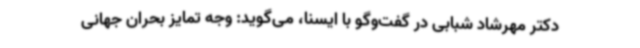
دکتر مهرشاد شبابی در گفت‌وگو با ایسنا، می‌گوید: وجه تمایز بحران جهانی